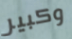
وكبير